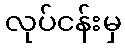
လုပ်ငန်းမှ